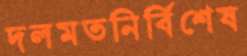
দলমতনির্বিশেষ